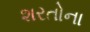
શરતોના